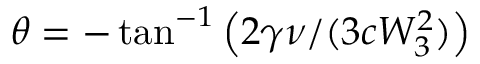
\theta = - \tan ^ { - 1 } \left( 2 \gamma \nu / ( 3 c W _ { 3 } ^ { 2 } ) \right)